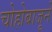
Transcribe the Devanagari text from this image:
चोहोबाजूने